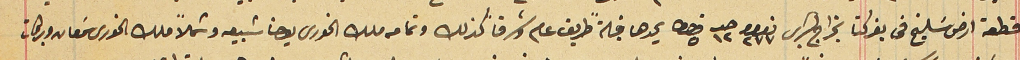
قطعة ارض سَليخ فى بعزكتا بخراج بشرى نمرو ٢٧٧ حبه ١٢ قيراط ٥ يحدها قبلةً طريق عام وشرقاً كذلك وتمامه ملك الخورى يوحنا شبيعه وشمالاً ملك الخورى سَمعان وبركات